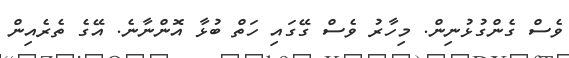
ވެސް ގެންގުޅުނިން. މިހާރު ވެސް ގޭގައި ހަތް ބުޅާ އޮންނާނެ. އޭގެ ތެރެއިން